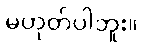
မဟုတ်ပါဘူး။